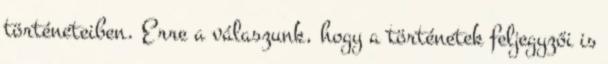
történeteiben. Erre a válaszunk, hogy a történetek feljegyzői is